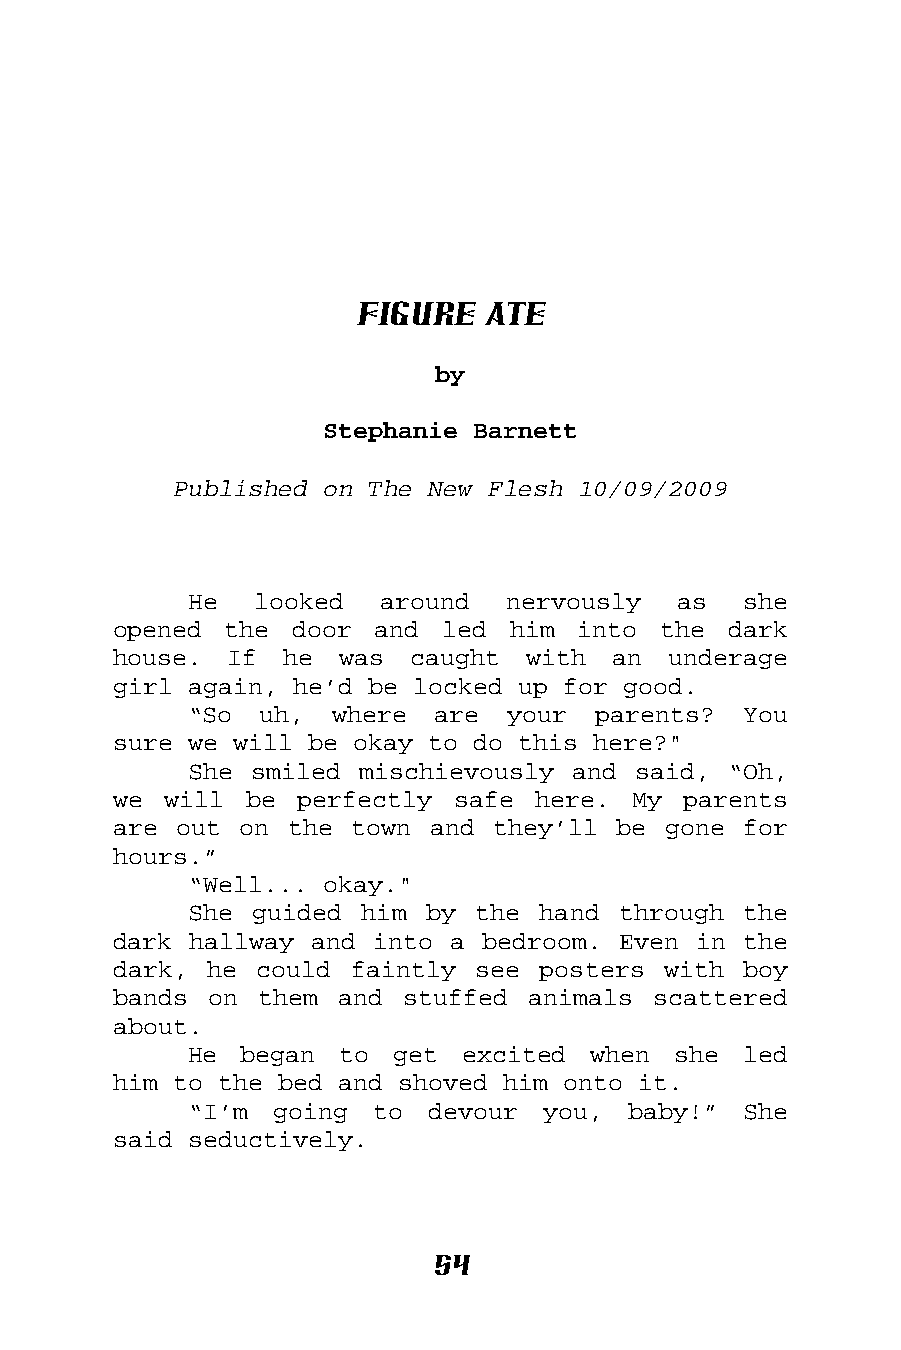
Figure  Ate
 by
 Stephanie Barnett
 Published on The New Flesh 10/09/2009
 He  looked   around  nervously  as   she
 opened the  door and  led him  into the  dark
 house.  If he  was  caught with  an  underage
 girl again, he’d be locked up for good.
 “So  uh, where  are  your  parents?  You
 sure we will be okay to do this here?"
 She smiled mischievously and said,  “Oh,
 we will  be perfectly safe  here. My  parents
 are out on the  town and they’ll be gone  for
 hours.”
 “Well... okay."
 She guided him  by the hand through  the
 dark hallway and into a bedroom. Even in  the
 dark, he could  faintly see posters with  boy
 bands on them  and stuffed animals  scattered
 about.
 He began  to get  excited  when she  led
 him to the bed and shoved him onto it.
 “I’m going  to  devour you,  baby!”  She
 said seductively.
 54